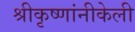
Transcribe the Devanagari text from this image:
श्रीकृष्णांनीकेली